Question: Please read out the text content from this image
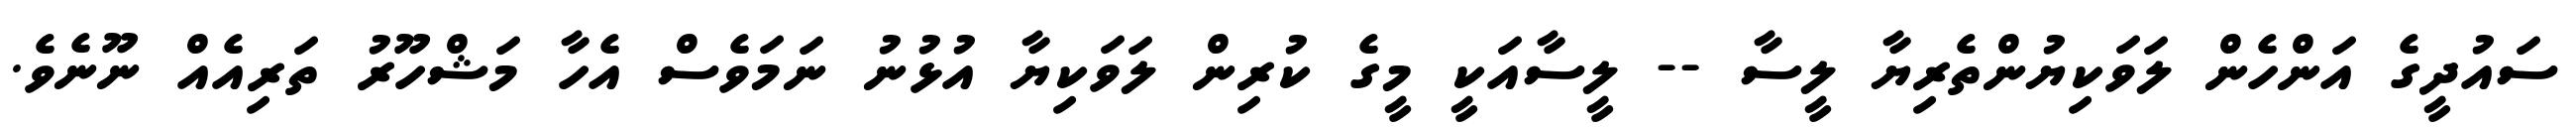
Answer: ސައުދީގެ އަންހެން ލަވަކިޔުންތެރިޔާ ލީސާ -- ލީސާއަކީ މީގެ ކުރިން ލަވަކިޔާ އުޅުނު ނަމަވެސް އެހާ މަޝްހޫރު ތަރިއެއް ނޫނެވެ.